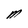
Character: M